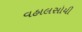
વહાલસોયી